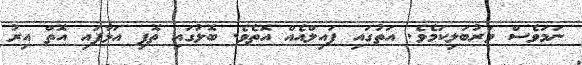
ނަމަވެސް ވަރުބަލިކަމެވެ. އަތުގައި ފައިލްއެއް އޮތެވެ. ބޮލުގައި ތޮފި އަޅާފައި އޮތް އިރު